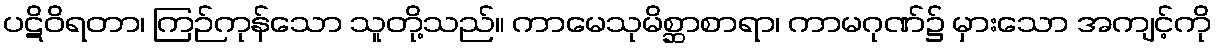
ပဋိဝိရတာ၊ ကြဉ်ကုန်သော သူတို့သည်။ ကာမေသုမိစ္ဆာစာရာ၊ ကာမဂုဏ်၌ မှားသော အကျင့်ကို